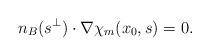
LaTeX: \begin{align*}n_{B}(s^\perp)\cdot \nabla \chi_m(x_0,s) = 0.\end{align*}